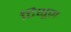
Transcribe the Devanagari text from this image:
टिशूज़